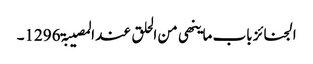
الجنائز باب ما ینھی من الحلق عند المصیبۃ 1296۔